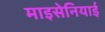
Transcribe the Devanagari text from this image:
माइसेनियाई